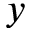
y